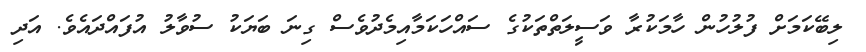
ލިބޭކަމަށް ފުލުހުން ހާމަކުރާ ވަސީލަތްތަކުގެ ސައްހަކަމާއިމެދުވެސް ގިނަ ބަޔަކު ސުވާލު އުފައްދައެވެ. އަދި